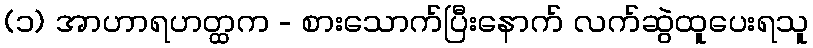
(၁) အာဟာရဟတ္ထက - စားသောက်ပြီးနောက် လက်ဆွဲထူပေးရသူ